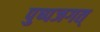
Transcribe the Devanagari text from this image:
पुष्पजगत्